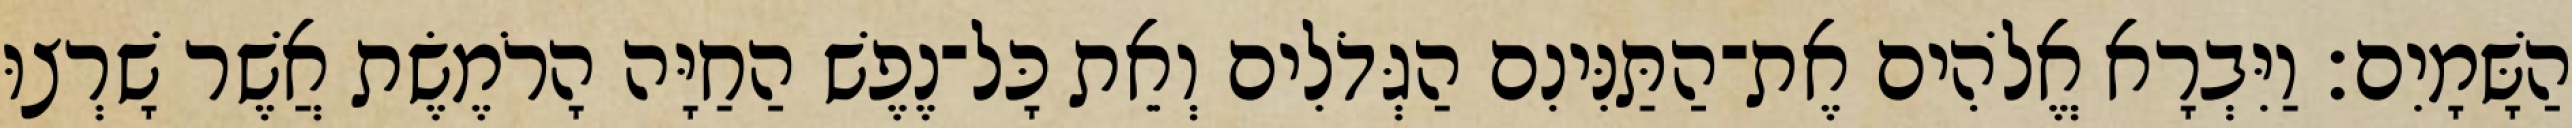
הַשָּׁמָיִם׃ וַיִּבְרָא אֱלֹהִים אֶת־הַתַּנִּינִם הַגְּדֹלִים וְאֵת כָּל־נֶפֶשׁ הַחַיָּה הָרֹמֶשֶׂת אֲשֶׁר שָׁרְצוּ